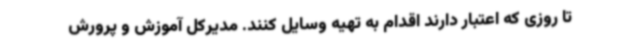
تا روزی که اعتبار دارند اقدام به تهیه وسایل کنند. مدیرکل آموزش و پرورش